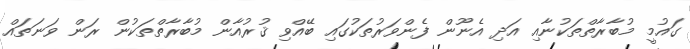
ގައުމީ މުބާރާތްތަކުނާއި އަދި އެނޫން ފެންވަރުތަކުގައި ބޭއްވި ޤުރުއާން މުބާރާތްތަކުން ރަން ވަނަތައް